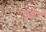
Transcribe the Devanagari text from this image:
ड्योर